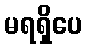
မရရှိပေ